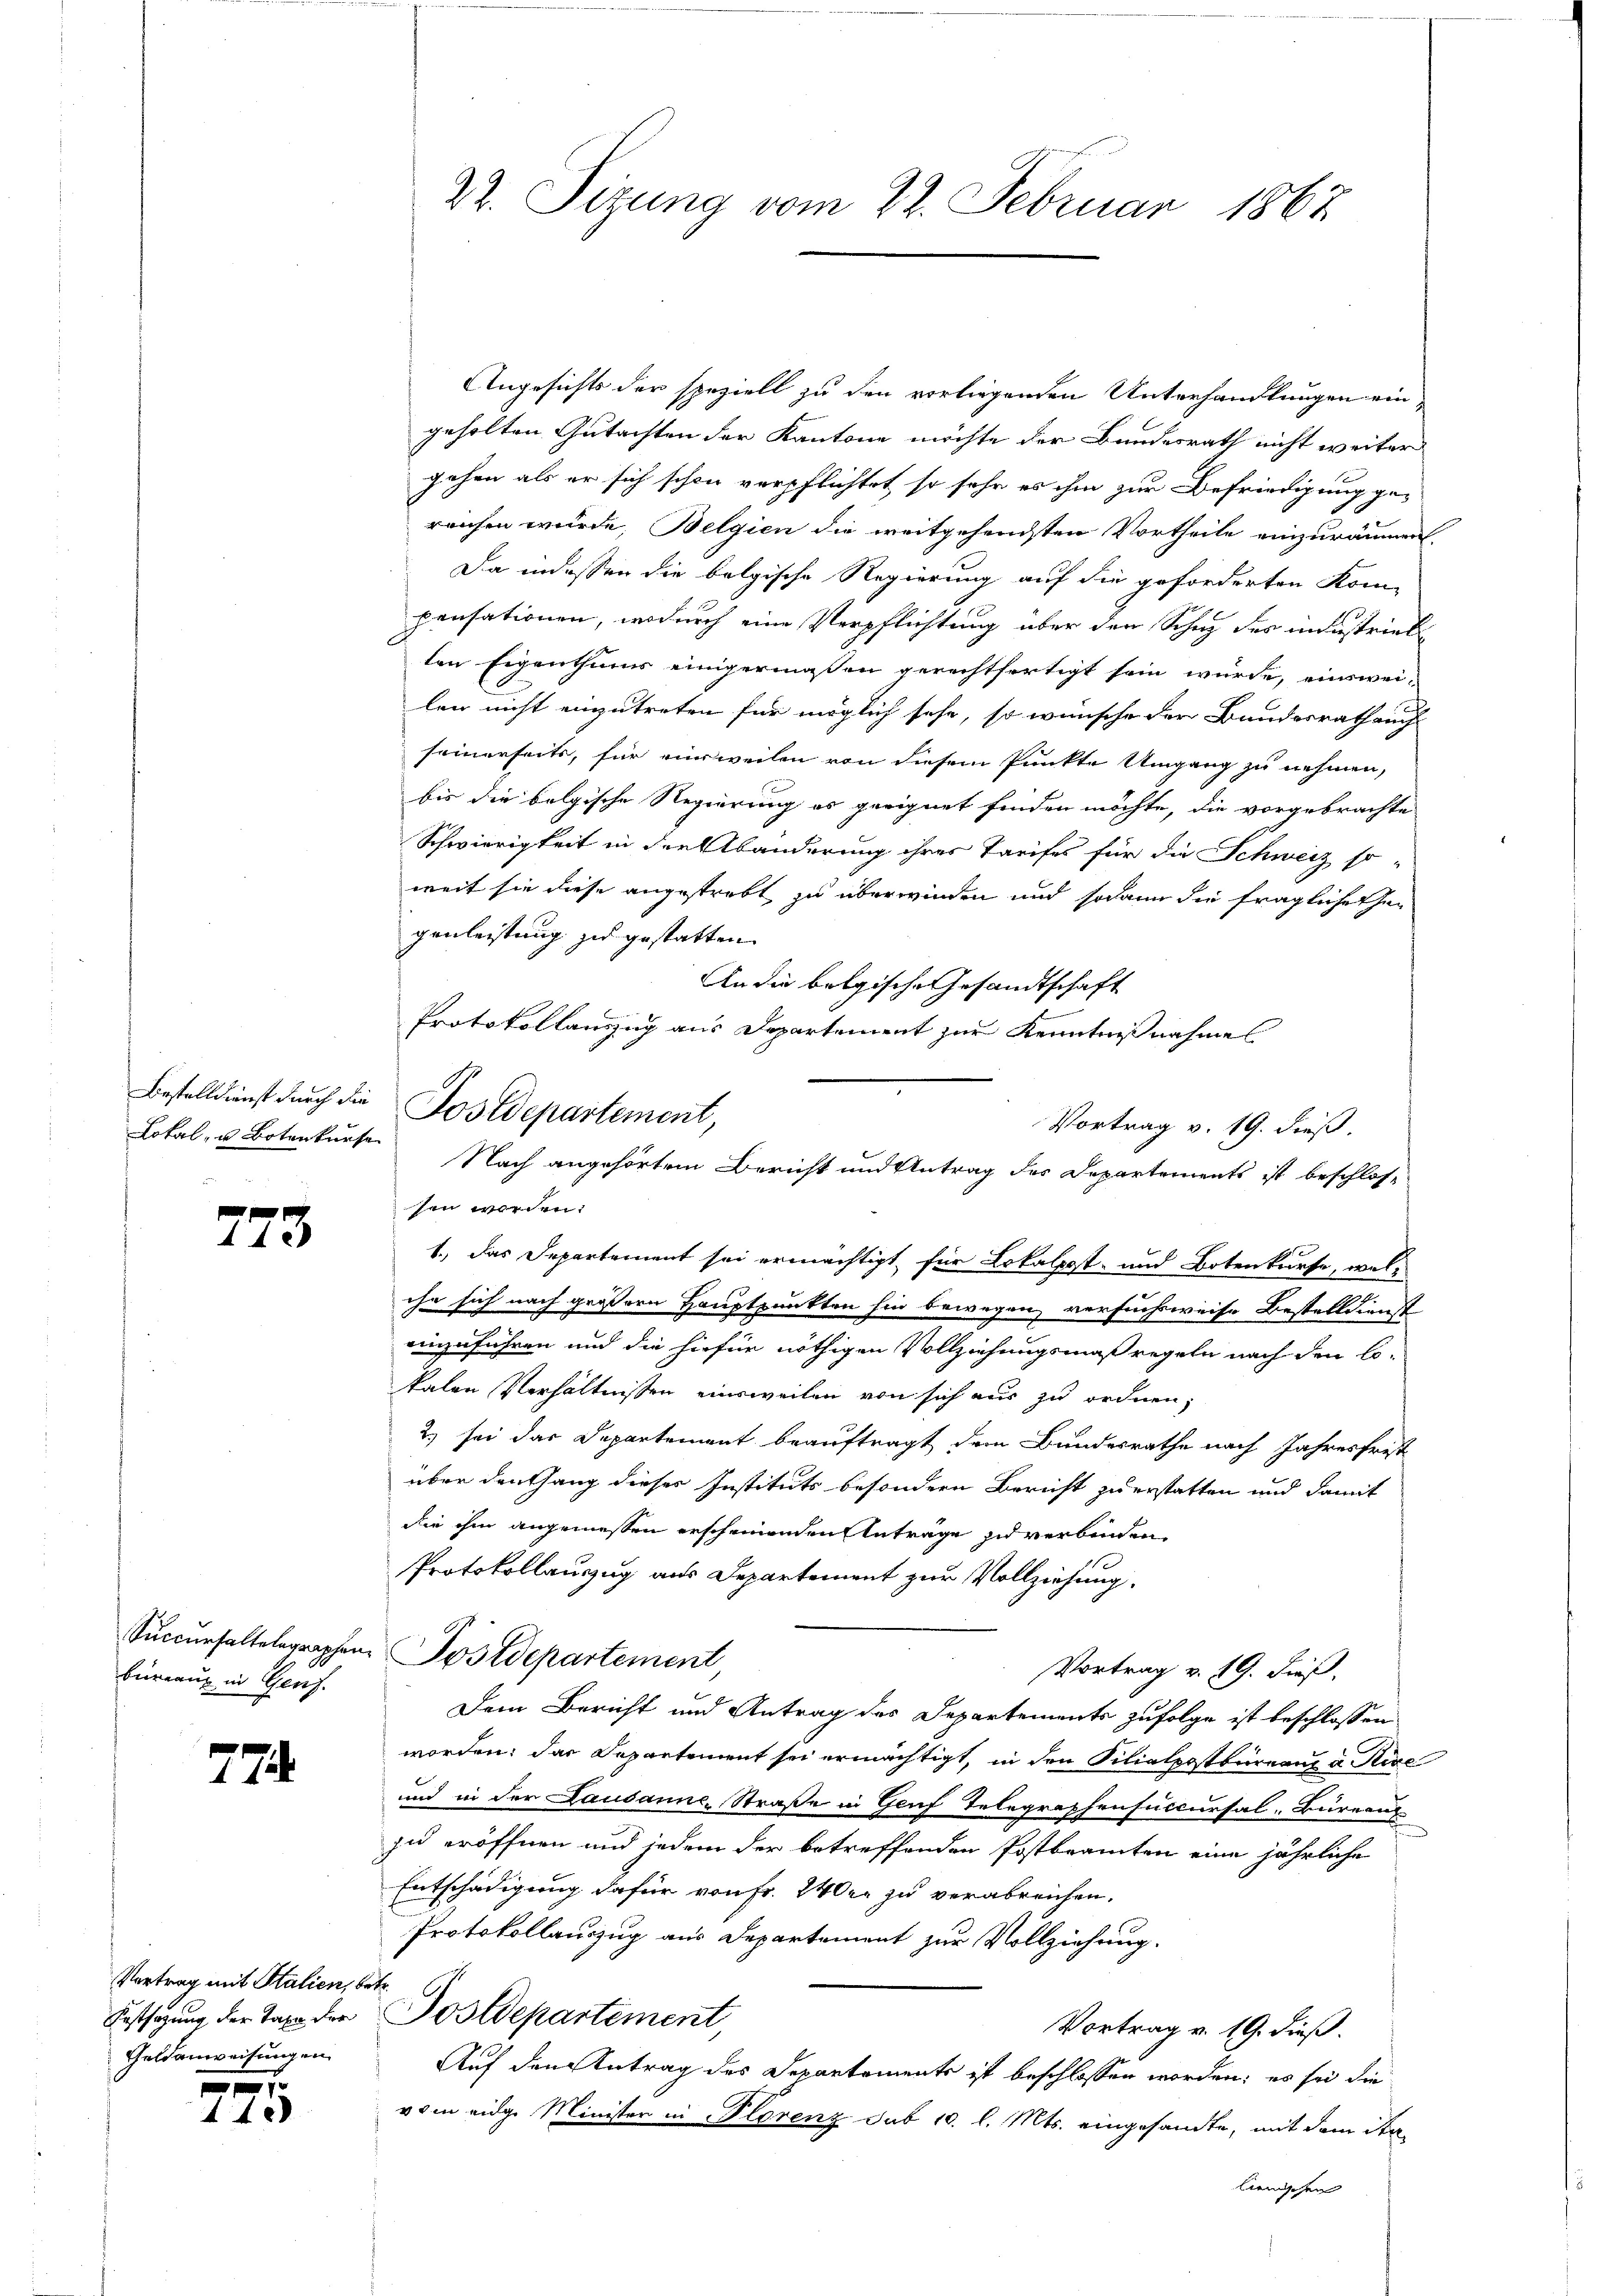
Lokal- u Botenkurse

273

büreaux in Genf.

774

Vertrag mit Stalien, betr.
Geldanweisungen

4400

22. Sizung vom 22. Februar 1862

Angesichts der speziell zu den vorliegenden Unterhandlungen ein-
geholten Gutachten der Kantone möchte der Bundesrath nicht weiter
gehen als er sich schon verpflichtet, so sehr es ihm zur Befriedigung ge-
reichen würde, Belgien die weitgehendsten Vortheile einzuräumen
Da indessen die belgische Regierung auf die geforderten Kom-
pensationen, wodurch eine Verpflichtung über den Schuz des industrieb
ten Eigenthums einigermaßen gerechtfertigt sein würde, einswei-
len nicht einzutreten für möglich sehe, so wünsche der Bundesrath auch
seinerseits, für einweilen von diesem Punkte Umgang zu nehmen,
bis die belgische Regierung es geeignet finden möchte, die vorgebrachte
Schwierigkeit in der Abänderung ihres Tarifes für die Schweiz so-
weit sie diese angestrebt zu überwinden und sodann die fragliche thei
genleistung zu gestatten.
An die belgische Gesandtschaft
Protokollanzug aus Departement zur Kenntnißnahmes
ihr sich nach größern Hauptpunkten hin bewegen, versuchsweise Bestelldienst
einzuführen und die hiefür nöthigen Vollziehungsmaßregeln nach den Cokalen Verhältnissen einsweilen von sich aus zu ordnen,
2.) sei das Departement beauftragt dem Bundesrathe nach Jahresfrest
über Denhang dieses Instituts besondern Bericht zu erstatten und damit
die ihm angemessen erscheinenden Antrage zu verbinden,
Protokollauszug aus Departement zur Vollziehung.
Succursaltelegraphen Postdepartement
Vortrag v. 19. dieß,
Dem Bericht und Antrag des Departements zufolge ist beschlossen
worden; das Departement sei ermächtigt, in den Silialpostbüreaux a Reze
und in der Lausanne, Straße in Genf Telegraphensuccursal. Büreaus
zu eröffnen und jedem der betreffenden Postbeamten eine jährliche
Entschädigung dafür von Fr. 240 er zu verabreichen.
Protokollauszug aus Departement zur Vollziehung.
Festsagung der Taxe der Postdepartement
Vortrag v. 19. dieß.
Auf den Antrag des Departements ist beschlossen worden; es sei die
vom eidge Minister in Florenz sub 10. l. Mts. eingesandte, mit dem Stalienischen

Bestelldienst durch die Postdepartement,
Vortrag v. 19. dieß.
Nach angehörtem Bericht und Antrag des Departements ist beschlos-
sen worden.
1.) Das Departement sei ermächtigt für Lokalpost- und Botenkurse, wel¬